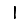
Digit: 1